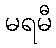
မရမီ